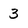
Character: 3